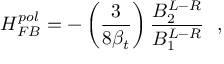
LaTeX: H _ { F B } ^ { p o l } = - \left( { \frac { 3 } { 8 \beta _ { t } } } \right) { \frac { B _ { 2 } ^ { L - R } } { B _ { 1 } ^ { L - R } } } \ \ ,